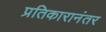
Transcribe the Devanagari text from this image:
प्रतिकारानंतर